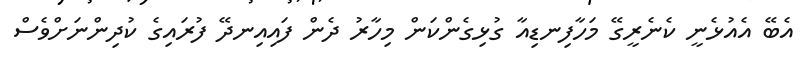
އެބޭ އެއުޅެނީ ކެނެރީގޭ މަހާފިނޑިއާ ގުޅިގެންކަން މިހާރު ދެން ފައިއިނދޭ ފުރައިގެ ކުދިންނަށްވެސް